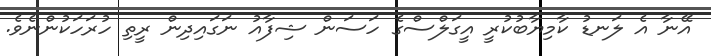
އޭނާ އެ ލަނޑު ކާމިޔާބުކުރީ އީގަލްސްގެ ހަސަން ޝިފާއު ނަގައިދިން ރީތި ހުރަހަކުންނެވެ.